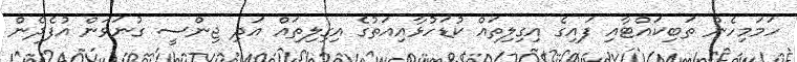
ހަމަމިހެން ތަބިކައްޓާއި ފައިގެ އިގިލިތައް ކުޑަހުޅާއިއަތުގެ އިގިލިތައް އަދި ޖިންސީ ގުނަވަން އުފެދެން